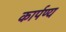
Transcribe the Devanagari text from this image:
कार्पण्य